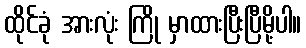
ထိုင်ခုံ အားလုံး ကြို မှာထားပြီးပြီမို့ပါ။